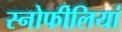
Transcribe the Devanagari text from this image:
स्नोफीलियां